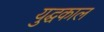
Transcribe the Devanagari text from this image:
युद्घकाल